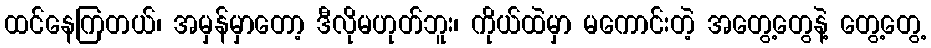
ထင်နေကြတယ်၊ အမှန်မှာတော့ ဒီလိုမဟုတ်ဘူး၊ ကိုယ်ထဲမှာ မကောင်းတဲ့ အတွေ့တွေနဲ့ တွေ့တွေ့